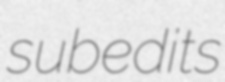
subedits